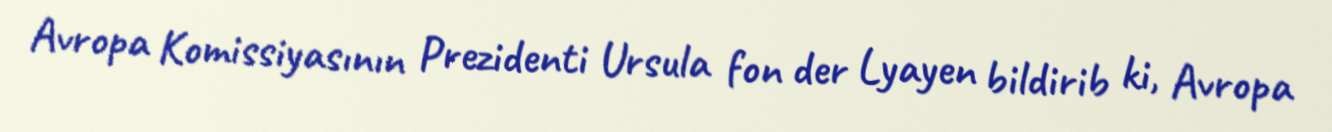
Avropa Komissiyasının Prezidenti Ursula fon der Lyayen bildirib ki, Avropa